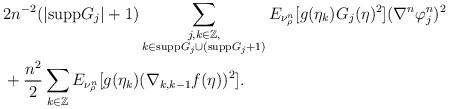
LaTeX: \begin{align*}\begin{aligned}& 2n^{-2} (| \mathrm{supp}G_j | + 1 ) \sum_{\substack{ j, k \in \mathbb{Z}, \\ k \in \mathrm{supp}G_j \cup (\mathrm{supp}G_j+1 ) } } E_{ \nu^n_\rho } [ g(\eta_k ) G_j (\eta )^2 ](\nabla^n \varphi^n_j)^2 \\ & + \frac{n^2}{2} \sum_{ k \in \mathbb{Z} } E_{ \nu^n_\rho } [ g(\eta_k ) ( \nabla_{ k,k- 1 } f (\eta) )^2 ] .\end{aligned}\end{align*}